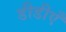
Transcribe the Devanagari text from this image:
डीडीएँ